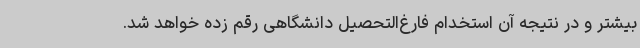
بیشتر و در نتیجه آن استخدام فارغ‌التحصیل دانشگاهی رقم زده خواهد شد.